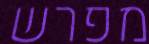
מפרש